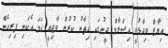
އިޔާޒް ވިދާޅުވީ އިސްލާމް ދީނުގައި ހިތާނު ކުރުން ވާޖިބީ ހަމަ އެކަނި ފިރިހެން